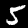
Label: 5